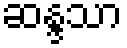
ဆန္ဒသာ